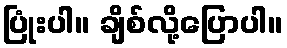
ပြုံးပါ။ ချိစ်လို့ပြောပါ။